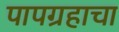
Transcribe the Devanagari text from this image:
पापग्रहाचा